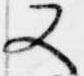
又